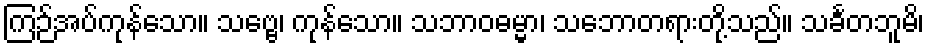
ကြဉ်အပ်ကုန်သော။ သဗ္ဗေ၊ ကုန်သော။ သဘာဝဓမ္မာ၊ သဘောတရားတို့သည်။ သင်္ခတဘူမိ၊